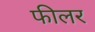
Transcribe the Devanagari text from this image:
फीलर